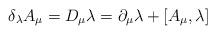
LaTeX: \begin{align*}\delta_{\lambda} A_{\mu}=D_{\mu}\lambda=\partial_{\mu}\lambda +[A_{\mu},\lambda]\end{align*}